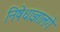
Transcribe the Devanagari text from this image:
निषेधाज्ञालगे